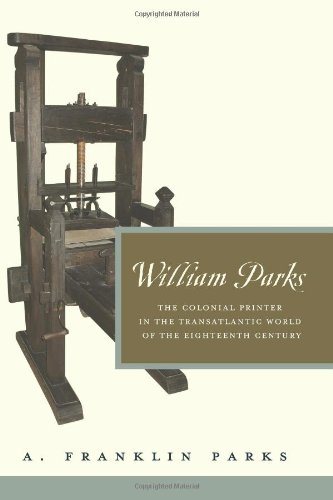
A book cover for William Parks: The Colonial Printer in the Transatlantic World of the Eighteenth Century (Penn State Series in the History of the Book); A. Franklin Parks; Crafts, Hobbies & Home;